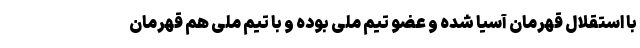
با استقلال قهرمان آسیا شده و عضو تیم ملی بوده و با تیم ملی هم قهرمان